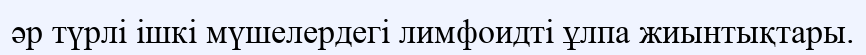
әр түрлі ішкі мүшелердегі лимфоидті ұлпа жиынтықтары.